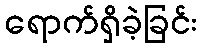
ရောက်ရှိခဲ့ခြင်း